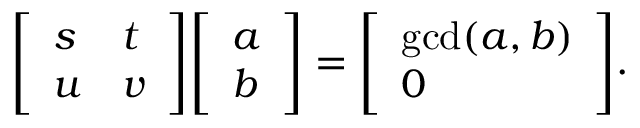
{ \left[ \begin{array} { l l } { s } & { t } \\ { u } & { v } \end{array} \right] } { \left[ \begin{array} { l } { a } \\ { b } \end{array} \right] } = { \left[ \begin{array} { l } { \operatorname* { g c d } ( a , b ) } \\ { 0 } \end{array} \right] } .